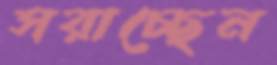
সরাচ্ছেন